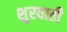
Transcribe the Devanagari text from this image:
शुरवाती